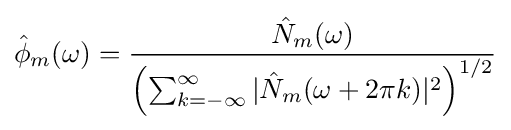
{\hat {\phi }}_{m}(\omega )={\frac {{\hat {N}}_{m}(\omega )}{\left(\sum _{k=-\infty }^{\infty }\vert {\hat {N}}_{m}(\omega +2\pi k)\vert ^{2}\right)^{1/2}}}